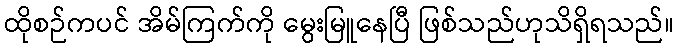
ထိုစဉ်ကပင် အိမ်ကြက်ကို မွေးမြူနေပြီ ဖြစ်သည်ဟုသိရှိရသည်။